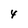
Character: 4